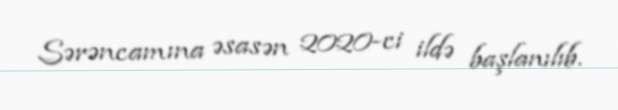
Sərəncamına əsasən 2020-ci ildə başlanılıb.